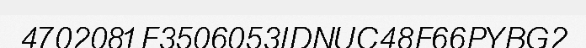
4702081F3506053IDNUC48F66PYBG2